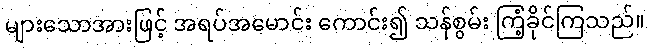
များသောအားဖြင့် အရပ်အမောင်း ကောင်း၍ သန်စွမ်း ကြံ့ခိုင်ကြသည်။